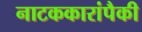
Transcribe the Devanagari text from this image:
नाटककारांपैकी